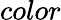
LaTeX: \textit{color}